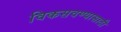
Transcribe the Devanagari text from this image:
विकसवण्यासाठी